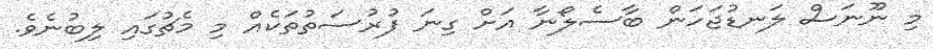
މި ނޫނަސް ލަނޑުޖަހަން ބާސެލޯނާ އަށް ގިނަ ފުރުސަތުތަކެއް މި މެޗުގައި ލިބުނެވެ.